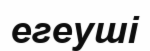
егеуші